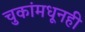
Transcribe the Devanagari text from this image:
चुकांमधूनही